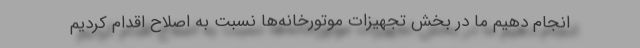
انجام دهیم ما در بخش تجهیزات موتورخانه‌ها نسبت به اصلاح اقدام کردیم